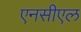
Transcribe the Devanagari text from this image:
एनसीएल